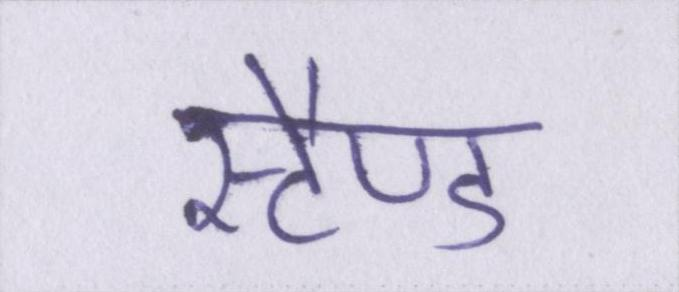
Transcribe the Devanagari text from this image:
स्टैण्ड